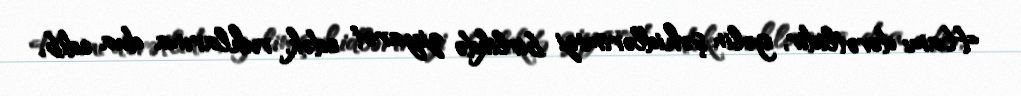
Hamı dəvətlidir, gəlin şəhidlərimizi birlikdə ziyarət edək, ruhlarına dua edib,